Medical and sanitary report of the native army of Madras for the year
Year: 1875
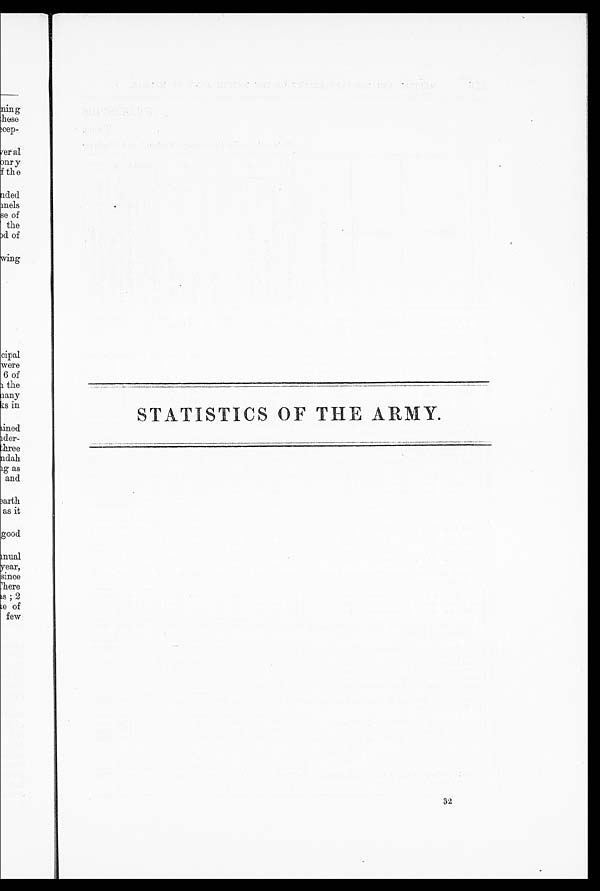
STATISTICS OF THE ARMY.